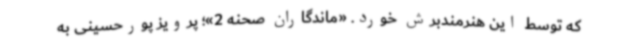
که توسط این هنرمندبرش خورد. «ماندگاران صحنه 2»؛ پرویز پورحسینی به